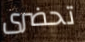
تحضرى